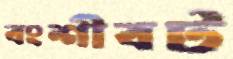
বংশীবট